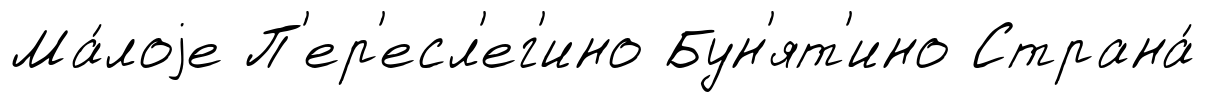
Ма́лоjе П'ер'есл'ег'ино Бун'ят'ино Страна́